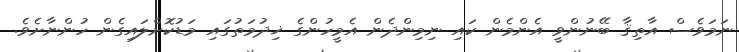
ނަމަވެސް އާތިޤާ ބޭނުންވީ އެންމެން ކައި ނިމިންދެން އެމީހުންގެ ޚިދުމަތުގައި މަޑުކޮށްލައިގެން ހުންނާށެވެ.